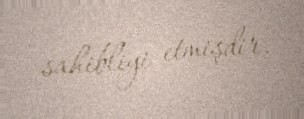
sahibliyi etmişdir.